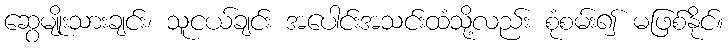
ဆွေမျိုးသားချင်း၊ သူငယ်ချင်း အပေါင်းအသင်းထံသို့လည်း စုံစမ်း၍ မဖြစ်နိုင်။